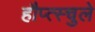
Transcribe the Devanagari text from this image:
हौप्त्स्चुले